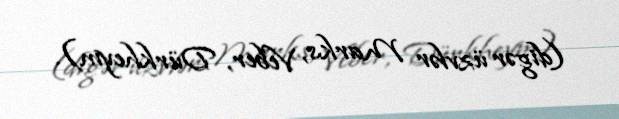
(digər üzvlər Marks, Veber, Dürkheym).